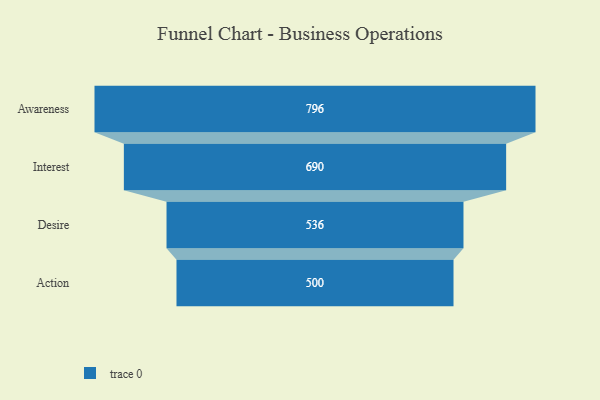
{"axis": {"x": "Stage", "y": "Value"}, "legend": [""], "data": [{"x": "Awareness", "y": 796.0, "type": ""}, {"x": "Interest", "y": 690.0, "type": ""}, {"x": "Desire", "y": 536.0, "type": ""}, {"x": "Action", "y": 500, "type": ""}]}